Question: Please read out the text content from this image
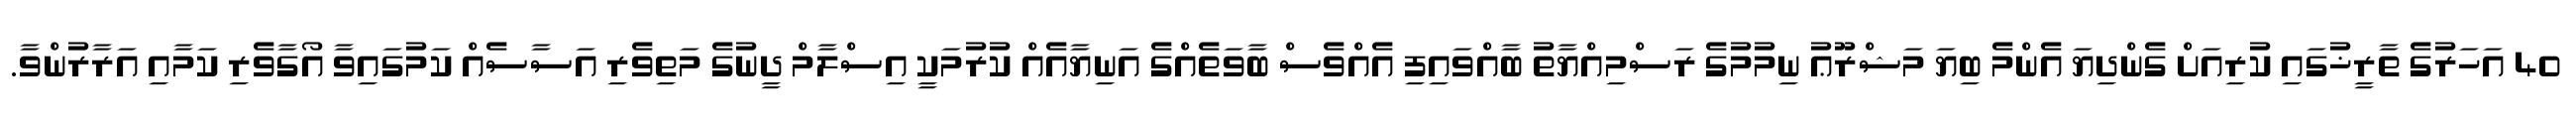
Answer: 40 އަހަރުގެ ތާރީޚުގައި ކުރިއަށް ގެންދިޔަ އެންމެ ބިޔަ މަޝްރޫޢު ނިމުމުގެ ރަސްމިއްޔާތު ބާއްވައިފި އެއްވެސް ބާވަތެއްގެ އަނިޔާއެއް ކުރުމަކީ އިސްލާމް ދީނުގެ މަތިވެރި އަސާސެއް ކަމުގައިވާ އޯގާވެރި ކަމާއި އަރާރުންވާ.